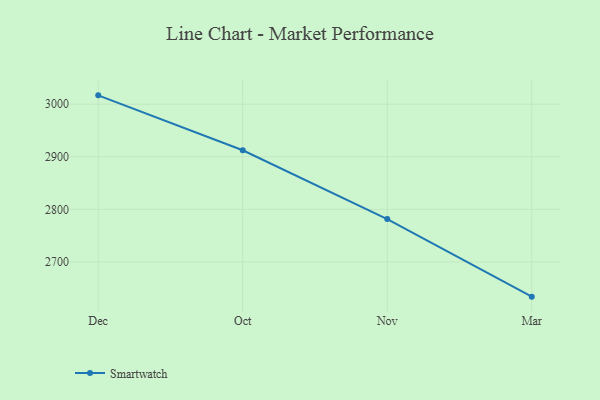
{"axis": {"x": "Month", "y": "Budget (USD K)"}, "legend": ["Smartwatch"], "data": [{"x": "Dec", "y": 3016.8, "type": "Smartwatch"}, {"x": "Oct", "y": 2912.3, "type": "Smartwatch"}, {"x": "Nov", "y": 2781.4, "type": "Smartwatch"}, {"x": "Mar", "y": 2633.9, "type": "Smartwatch"}]}